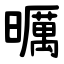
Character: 曞